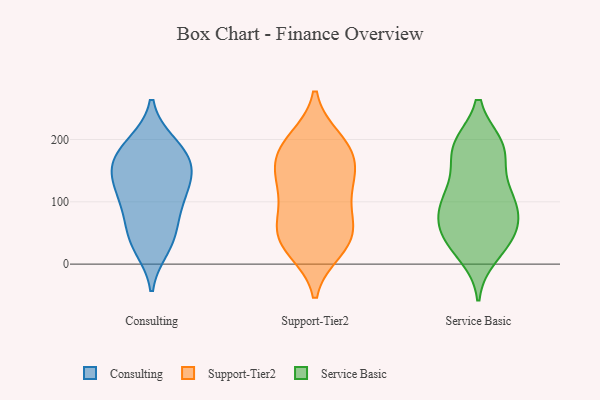
{"axis": {"x": "Population (Million)", "y": "Value"}, "legend": ["Consulting", "Service Basic", "Support-Tier2"], "data": [{"x": "", "y": 152, "type": "Consulting"}, {"x": "", "y": 42, "type": "Consulting"}, {"x": "", "y": 163, "type": "Consulting"}, {"x": "", "y": 91, "type": "Consulting"}, {"x": "", "y": 80, "type": "Consulting"}, {"x": "", "y": 137, "type": "Consulting"}, {"x": "", "y": 40, "type": "Consulting"}, {"x": "", "y": 175, "type": "Consulting"}, {"x": "", "y": 151, "type": "Consulting"}, {"x": "", "y": 191, "type": "Consulting"}, {"x": "", "y": 109, "type": "Consulting"}, {"x": "", "y": 193, "type": "Consulting"}, {"x": "", "y": 27, "type": "Consulting"}, {"x": "", "y": 121, "type": "Consulting"}, {"x": "", "y": 129, "type": "Support-Tier2"}, {"x": "", "y": 183, "type": "Support-Tier2"}, {"x": "", "y": 155, "type": "Support-Tier2"}, {"x": "", "y": 200, "type": "Support-Tier2"}, {"x": "", "y": 61, "type": "Support-Tier2"}, {"x": "", "y": 107, "type": "Support-Tier2"}, {"x": "", "y": 27, "type": "Support-Tier2"}, {"x": "", "y": 195, "type": "Support-Tier2"}, {"x": "", "y": 35, "type": "Support-Tier2"}, {"x": "", "y": 88, "type": "Support-Tier2"}, {"x": "", "y": 58, "type": "Support-Tier2"}, {"x": "", "y": 49, "type": "Support-Tier2"}, {"x": "", "y": 23, "type": "Support-Tier2"}, {"x": "", "y": 150, "type": "Support-Tier2"}, {"x": "", "y": 182, "type": "Support-Tier2"}, {"x": "", "y": 137, "type": "Support-Tier2"}, {"x": "", "y": 70, "type": "Service Basic"}, {"x": "", "y": 123, "type": "Service Basic"}, {"x": "", "y": 101, "type": "Service Basic"}, {"x": "", "y": 39, "type": "Service Basic"}, {"x": "", "y": 50, "type": "Service Basic"}, {"x": "", "y": 190, "type": "Service Basic"}, {"x": "", "y": 15, "type": "Service Basic"}, {"x": "", "y": 169, "type": "Service Basic"}, {"x": "", "y": 102, "type": "Service Basic"}, {"x": "", "y": 186, "type": "Service Basic"}, {"x": "", "y": 46, "type": "Service Basic"}, {"x": "", "y": 75, "type": "Service Basic"}, {"x": "", "y": 113, "type": "Service Basic"}, {"x": "", "y": 190, "type": "Service Basic"}, {"x": "", "y": 89, "type": "Service Basic"}, {"x": "", "y": 32, "type": "Service Basic"}, {"x": "", "y": 190, "type": "Service Basic"}]}